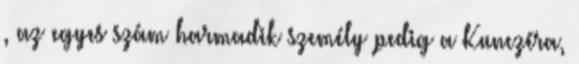
, az egyes szám harmadik személy pedig a Kunczéra,